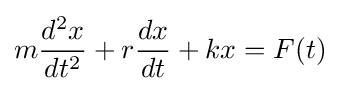
m{\frac {d^{2}x}{dt^{2}}}+r{\frac {dx}{dt}}+kx=F(t)